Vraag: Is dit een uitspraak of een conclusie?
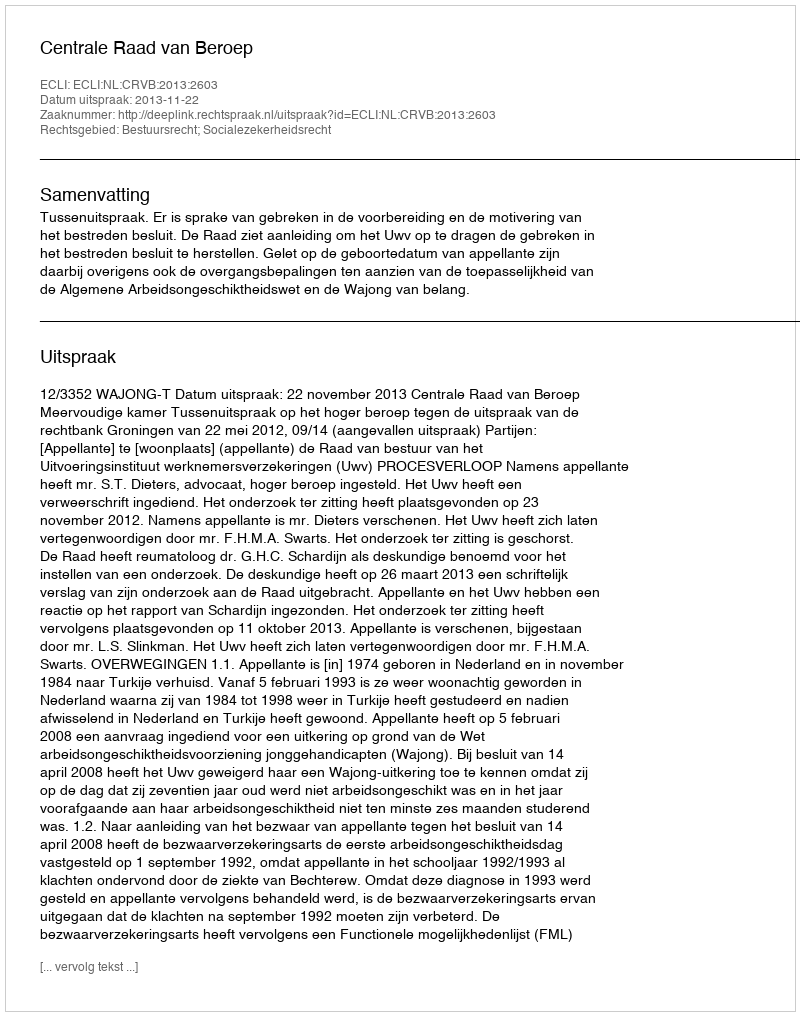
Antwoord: Uitspraak